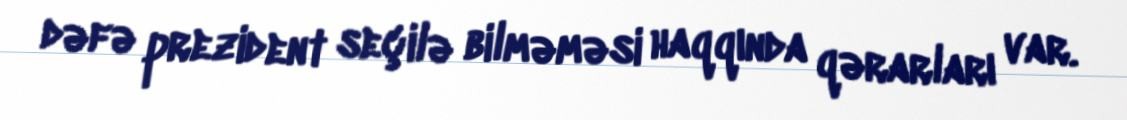
dəfə prezident seçilə bilməməsi haqqında qərarları var.